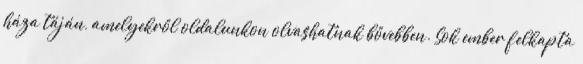
háza táján, amelyekről oldalunkon olvashatnak bővebben. Sok ember felkapta